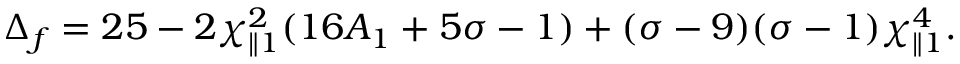
\Delta _ { f } = 2 5 - 2 \chi _ { \parallel 1 } ^ { 2 } ( 1 6 A _ { 1 } + 5 \sigma - 1 ) + ( \sigma - 9 ) ( \sigma - 1 ) \chi _ { \parallel 1 } ^ { 4 } .